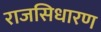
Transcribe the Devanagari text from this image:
राजसिधारण